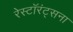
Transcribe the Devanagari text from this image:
रेस्टॉरंट्सना